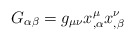
\begin{align*}G_{\alpha\beta}=g_{\mu\nu}x^\mu_{,\alpha}x^\nu_{,\beta}\end{align*}